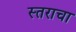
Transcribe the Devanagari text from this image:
स्तराचा